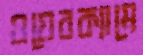
ওয়েবক্যামে